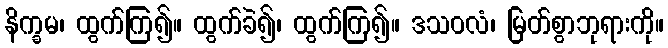
နိက္ခမ၊ ထွက်ကြ၍။ ထွက်ခဲ၍၊ ထွက်ကြ၍။ ဒသဝလံ၊ မြတ်စွာဘုရားကို။